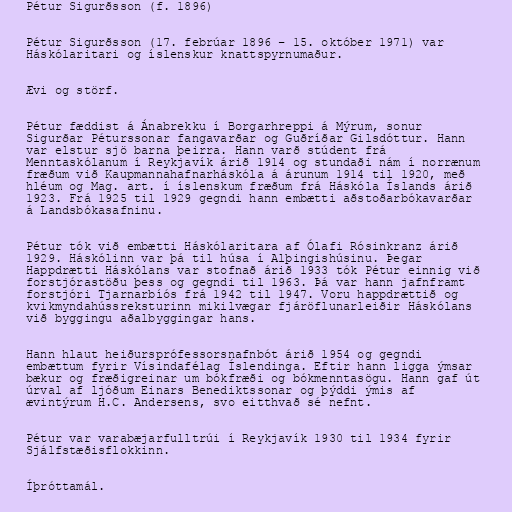
Pétur Sigurðsson (f. 1896)

Pétur Sigurðsson (17. febrúar 1896 – 15. október 1971) var
Háskólaritari og íslenskur knattspyrnumaður.

Ævi og störf.

Pétur fæddist á Ánabrekku í Borgarhreppi á Mýrum, sonur
Sigurðar Péturssonar fangavarðar og Guðríðar Gilsdóttur. Hann
var elstur sjö barna þeirra. Hann varð stúdent frá
Menntaskólanum í Reykjavík árið 1914 og stundaði nám í norrænum
fræðum við Kaupmannahafnarháskóla á árunum 1914 til 1920, með
hléum og Mag. art. í íslenskum fræðum frá Háskóla Íslands árið
1923. Frá 1925 til 1929 gegndi hann embætti aðstoðarbókavarðar
á Landsbókasafninu.

Pétur tók við embætti Háskólaritara af Ólafi Rósinkranz árið
1929. Háskólinn var þá til húsa í Alþingishúsinu. Þegar
Happdrætti Háskólans var stofnað árið 1933 tók Pétur einnig við
forstjórastöðu þess og gegndi til 1963. Þá var hann jafnframt
forstjóri Tjarnarbíós frá 1942 til 1947. Voru happdrættið og
kvikmyndahússreksturinn mikilvægar fjáröflunarleiðir Háskólans
við byggingu aðalbyggingar hans.

Hann hlaut heiðursprófessorsnafnbót árið 1954 og gegndi
embættum fyrir Vísindafélag Íslendinga. Eftir hann ligga ýmsar
bækur og fræðigreinar um bókfræði og bókmenntasögu. Hann gaf út
úrval af ljóðum Einars Benediktssonar og þýddi ýmis af
ævintýrum H.C. Andersens, svo eitthvað sé nefnt.

Pétur var varabæjarfulltrúi í Reykjavík 1930 til 1934 fyrir
Sjálfstæðisflokkinn.

Íþróttamál.